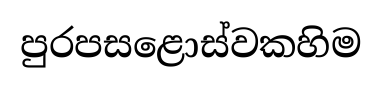
පුරපසළොස්වකහිම